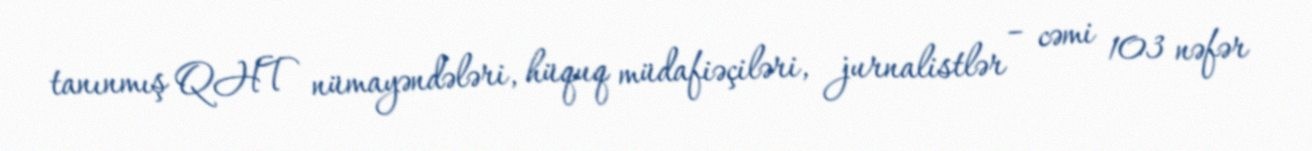
tanınmış QHT nümayəndələri, hüquq müdafiəçiləri, jurnalistlər – cəmi 103 nəfər